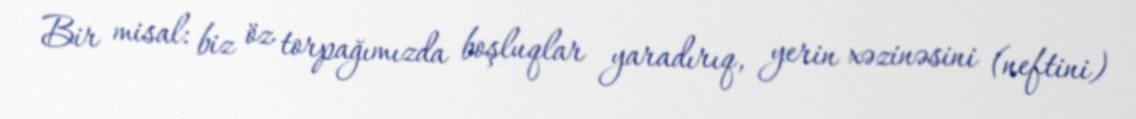
Bir misal: biz öz torpağımızda boşluqlar yaradırıq, yerin xəzinəsini (neftini)